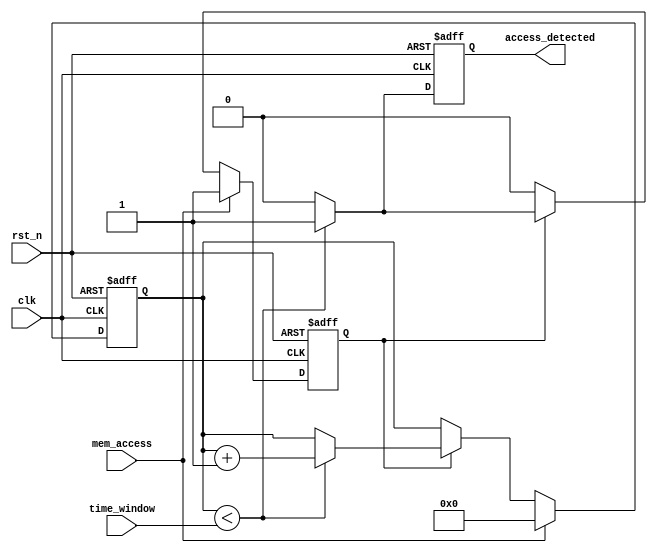
module TimeWindowDetector (
    input wire clk,                     // System clock
    input wire rst_n,                   // Active-low reset
    input wire mem_access,              // Memory access signal (read/write)
    input wire [15:0] time_window,      // Configurable time window in clock cycles
    output reg access_detected           // Output signal indicating memory access within the time window
);

    reg [15:0] counter;                 // Time counter
    reg memory_active;                  // Flag to indicate memory activity

    // Reset and initialize the counter and output
    always @(posedge clk or negedge rst_n) begin
        if (!rst_n) begin
            counter <= 16'd0;
            access_detected <= 1'b0;
            memory_active <= 1'b0;
        end else begin
            // Detect memory activity
            if (mem_access) begin
                memory_active <= 1'b1;
                counter <= 16'd0;     // Reset counter on memory access
            end else if (memory_active) begin
                // Increment the counter if no memory access is detected
                if (counter < time_window) begin
                    counter <= counter + 1;
                end else begin
                    memory_active <= 1'b0; // Reset activity flag if time window expired
                end
            end

            // Generate access detected signal
            if (counter < time_window) begin
                access_detected <= 1'b1;     // Memory access detected within the time window
            end else begin
                access_detected <= 1'b0;     // No access detected within time window
            end
        end
    end
endmodule